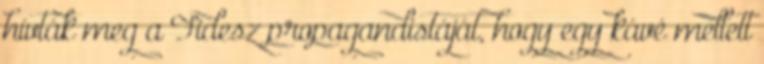
hívták meg a Fidesz propagandistáját, hogy egy kávé mellett